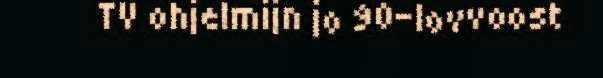
TV ohjelmijn jo 90-lovvoost